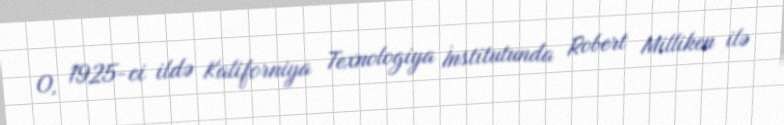
O, 1925-ci ildə Kaliforniya Texnologiya İnstitutunda Robert Milliken ilə